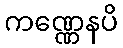
ကဏ္ဏေနပိ